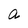
Character: a